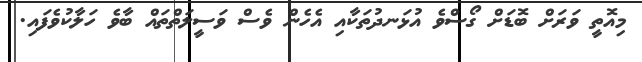
މިއޮތީ ވަރަށް ބޮޑަށް ގޯސްވެ އުޅަނދުތަކާއި އެހެން ވެސް ވަސީލަތްތައް ބާވެ ހަލާކުވެފައި.